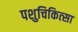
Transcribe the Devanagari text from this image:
पशुचिकित्‍सा